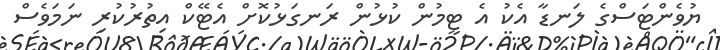
ޔުވެންޓަސްގެ ލަނޑާ އެކު އެ ޓީމުން ކުޅުން ރަނގަޅުކޮށް އެޓޭކް އިތުރުކުރި ނަމަވެސް